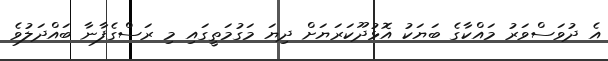
އެ ދުވަސްވަރު މައްކާގެ ބަޔަކު އޮޅުދޫކަރަޔަށް ދިޔަ މަގުމަތީގައި މި ރަސްގެފާނާ ބައްދަލުވެ